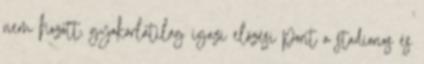
nem hozott, gyakorlatilag igazi előzési pont a stadionos és